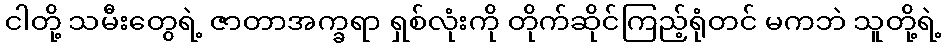
ငါတို့ သမီးတွေရဲ့ ဇာတာအက္ခရာ ရှစ်လုံးကို တိုက်ဆိုင်ကြည့်ရုံတင် မကဘဲ သူတို့ရဲ့